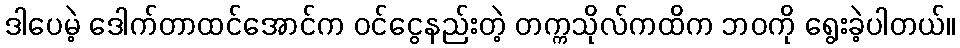
ဒါပေမဲ့ ဒေါက်တာထင်အောင်က ဝင်ငွေနည်းတဲ့ တက္ကသိုလ်ကထိက ဘဝကို ရွေးခဲ့ပါတယ်။